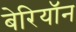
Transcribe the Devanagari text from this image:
बेरियॉन